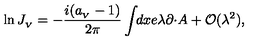
\ln J _ { _ V } = - \frac { i ( a _ { _ V } - 1 ) } { 2 \pi } \int \! \! d x e \lambda \partial \cdotp \! A + { \cal O } ( \lambda ^ { 2 } ) ,